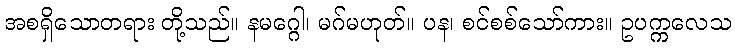
အစရှိသောတရား တို့သည်။ နမဂ္ဂေါ၊ မဂ်မဟုတ်။ ပန၊ စင်စစ်သော်ကား။ ဥပက္ကလေသ